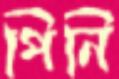
পিনি